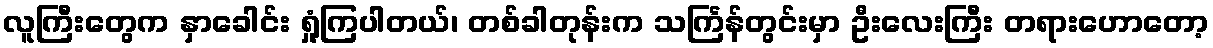
လူကြီးတွေက နှာခေါင်း ရှုံ့ကြပါတယ်၊ တစ်ခါတုန်းက သင်္ကြန်တွင်းမှာ ဦးလေးကြီး တရားဟောတော့